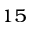
^ { 1 5 }